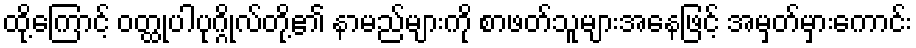
ထို့ကြောင့် ဝတ္ထုပါပုဂ္ဂိုလ်တို့၏ နာမည်များကို စာဖတ်သူများအနေဖြင့် အမှတ်မှားကောင်း